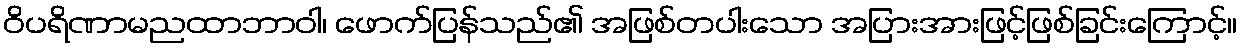
ဝိပရိဏာမညထာဘာဝါ၊ ဖောက်ပြန်သည်၏ အဖြစ်တပါးသော အပြားအားဖြင့်ဖြစ်ခြင်းကြောင့်။